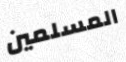
المسلمين